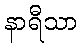
နာရီသာ